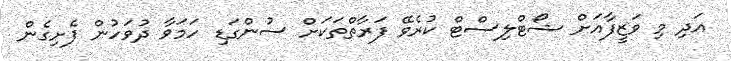
އަދި މި ވަޒީފާއަށް ޝޯޓްލިސްޓް ކުރެވޭ ފަރާތްތަކަށް ސުންގަޑި ހަމަވާ ދުވަހުން ފެށިގެން